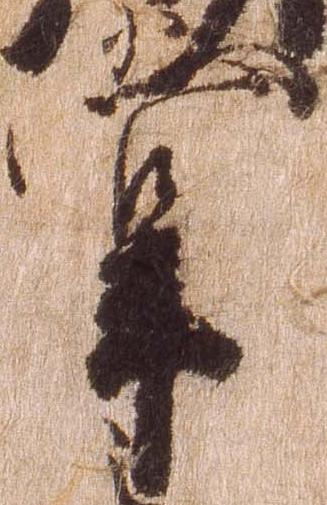
掌